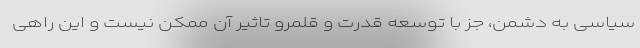
سیاسی به دشمن، جز با توسعه قدرت و قلمرو تاثیر آن ممکن نیست و این راهی